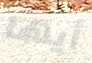
أيها